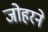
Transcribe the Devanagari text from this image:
जोहरने